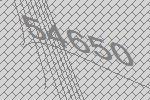
54650